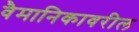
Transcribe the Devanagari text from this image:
वैमानिकावरील